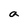
Character: a